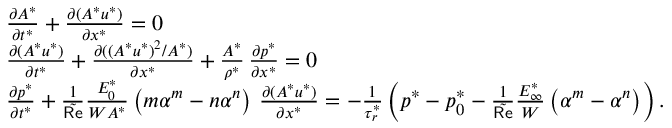
\begin{array} { r l } & { \frac { \partial A ^ { * } } { \partial t ^ { * } } + \frac { \partial ( A ^ { * } u ^ { * } ) } { \partial x ^ { * } } = 0 } \\ & { \frac { \partial ( A ^ { * } u ^ { * } ) } { \partial t ^ { * } } + \frac { \partial ( ( A ^ { * } u ^ { * } ) ^ { 2 } / A ^ { * } ) } { \partial x ^ { * } } + \frac { A ^ { * } } { \rho ^ { * } } \, \frac { \partial p ^ { * } } { \partial x ^ { * } } = 0 } \\ & { \frac { \partial p ^ { * } } { \partial t ^ { * } } + \frac 1 { \tilde { \mathsf { R e } } } \frac { E _ { 0 } ^ { * } } { W A ^ { * } } \left( m \alpha ^ { m } - n \alpha ^ { n } \right) \, \frac { \partial ( A ^ { * } u ^ { * } ) } { \partial x ^ { * } } = - \frac { 1 } { \tau _ { r } ^ { * } } \left( p ^ { * } - p _ { 0 } ^ { * } - \frac 1 { \tilde { \mathsf { R e } } } \frac { E _ { \infty } ^ { * } } { W } \left( \alpha ^ { m } - \alpha ^ { n } \right) \right) . } \end{array}